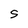
Character: S